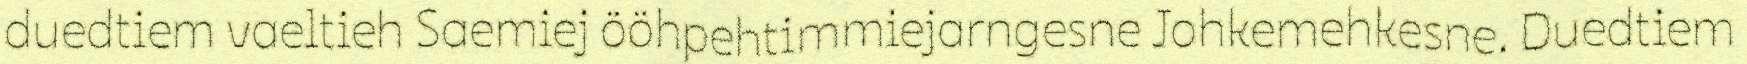
duedtiem vaeltieh Saemiej ööhpehtimmiejarngesne Johkemehkesne. Duedtiem